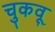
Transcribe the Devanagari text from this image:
चुकवू